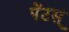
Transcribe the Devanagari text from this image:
पेंटस्